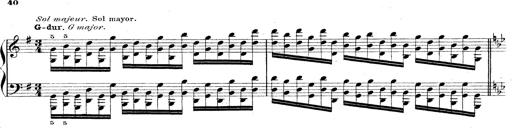
Title: Technische Studien
Composer: Franz Liszt